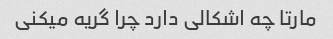
مارتا چه اشکالی دارد چرا گریه میکنی